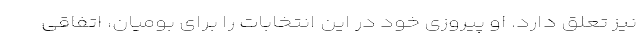
نیز تعلق دارد. او پیروزی خود در این انتخابات را برای بومیان، اتفاقی